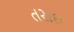
તરાઇ